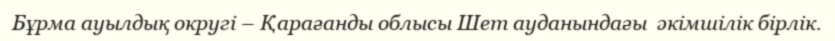
Бұрма ауылдық округі – Қарағанды облысы Шет ауданындағы  әкімшілік бірлік.